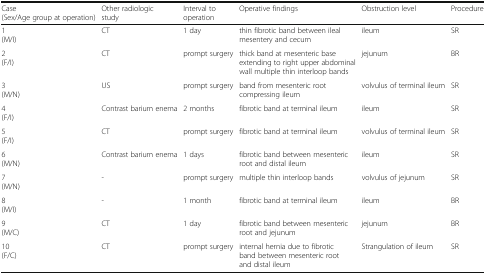
| Case (Sex/Age group at operation) | Other radiologic study | Interval to operation | Operative findings | Obstruction level | Procedure |
 | --- | --- | --- | --- | --- | --- |
 | 1 (M/I) | CT | 1 day | thin fibrotic band between ileal mesentery and cecum | ileum | SR |
 | 2 (F/I) | CT | prompt surgery | thick band at mesenteric base extending to right upper abdominal wall multiple thin interloop bands | jejunum | BR |
 | 3 (M/N) | US | prompt surgery | band from mesenteric root compressing ileum | volvulus of terminal ileum | SR |
 | 4 (F/I) | Contrast barium enema | 2 months | fibrotic band at terminal ileum | ileum | SR |
 | 5 (F/I) | CT | prompt surgery | fibrotic band at terminal ileum | volvulus of terminal ileum | SR |
 | 6 (M/N) | Contrast barium enema | 1 days | fibrotic band between mesenteric root and distal ileum | ileum | SR |
 | 7 (M/N) | - | prompt surgery | multiple thin interloop bands | volvulus of jejunum | SR |
 | 8 (M/I) | - | 1 month | fibrotic band at terminal ileum | ileum | BR |
 | 9 (M/C) | CT | 1 day | fibrotic band between mesenteric root and jejunum | jejunum | BR |
 | 10 (F/C) | CT | prompt surgery | internal hernia due to fibrotic band between mesenteric root and distal ileum | Strangulation of ileum | SR |